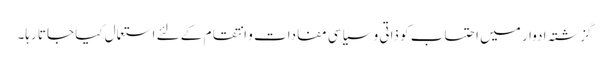
گزشتہ ادوار میں احتساب کو ذاتی و سیاسی مفادات و انتقام کے لئے استعمال کیا جاتا رہا۔